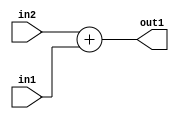
`timescale 1ps / 1ps
/*****************************************************************************
    Verilog RTL Description
    
    
    Created by: Stratus DpOpt 2019.1.01 
*******************************************************************************/

module st_weight_addr_gen_Add_32Ux32U_32U_4_6 (
	in2,
	in1,
	out1
	); /* architecture "behavioural" */ 
input [31:0] in2,
	in1;
output [31:0] out1;
wire [31:0] asc001;

assign asc001 = 
	+(in2)
	+(in1);

assign out1 = asc001;
endmodule

/* CADENCE  ubD2Sgw= : u9/ySgnWtBlWxVPRXgAZ4Og= ** DO NOT EDIT THIS LINE ******/